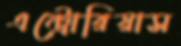
এন্ট্রোরিয়াস